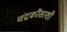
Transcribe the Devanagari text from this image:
चंद्रकौंसाशी